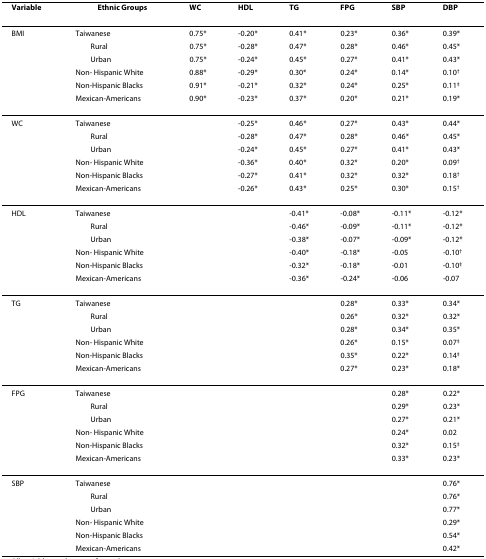
<table><thead><tr><td><b>Variable</b></td><td><b>Ethnic Groups</b></td><td><b>WC</b></td><td><b>HDL</b></td><td><b>TG</b></td><td><b>FPG</b></td><td><b>SBP</b></td><td><b>DBP</b></td></tr></thead><tbody><tr><td>BMI</td><td>Taiwanese</td><td>0.75*</td><td>-0.20*</td><td>0.41*</td><td>0.23*</td><td>0.36*</td><td>0.39*</td></tr><tr><td></td><td> Rural</td><td>0.75*</td><td>-0.28*</td><td>0.47*</td><td>0.28*</td><td>0.46*</td><td>0.45*</td></tr><tr><td></td><td> Urban</td><td>0.75*</td><td>-0.24*</td><td>0.45*</td><td>0.27*</td><td>0.41*</td><td>0.43*</td></tr><tr><td></td><td>Non- Hispanic White</td><td>0.88*</td><td>-0.29*</td><td>0.30*</td><td>0.24*</td><td>0.14*</td><td>0.10<sup>†</sup></td></tr><tr><td></td><td>Non-Hispanic Blacks</td><td>0.91*</td><td>-0.21*</td><td>0.32*</td><td>0.24*</td><td>0.25*</td><td>0.11<sup>‡</sup></td></tr><tr><td></td><td>Mexican-Americans</td><td>0.90*</td><td>-0.23*</td><td>0.37*</td><td>0.20*</td><td>0.21*</td><td>0.19*</td></tr><tr><td>WC</td><td>Taiwanese</td><td></td><td>-0.25*</td><td>0.46*</td><td>0.27*</td><td>0.43*</td><td>0.44*</td></tr><tr><td></td><td> Rural</td><td></td><td>-0.28*</td><td>0.47*</td><td>0.28*</td><td>0.46*</td><td>0.45*</td></tr><tr><td></td><td> Urban</td><td></td><td>-0.24*</td><td>0.45*</td><td>0.27*</td><td>0.41*</td><td>0.43*</td></tr><tr><td></td><td>Non- Hispanic White</td><td></td><td>-0.36*</td><td>0.40*</td><td>0.32*</td><td>0.20*</td><td>0.09<sup>†</sup></td></tr><tr><td></td><td>Non-Hispanic Blacks</td><td></td><td>-0.27*</td><td>0.41*</td><td>0.32*</td><td>0.32*</td><td>0.18<sup>†</sup></td></tr><tr><td></td><td>Mexican-Americans</td><td></td><td>-0.26*</td><td>0.43*</td><td>0.25*</td><td>0.30*</td><td>0.15<sup>†</sup></td></tr><tr><td>HDL</td><td>Taiwanese</td><td></td><td></td><td>-0.41*</td><td>-0.08*</td><td>-0.11*</td><td>-0.12*</td></tr><tr><td></td><td> Rural</td><td></td><td></td><td>-0.46*</td><td>-0.09*</td><td>-0.11*</td><td>-0.12*</td></tr><tr><td></td><td> Urban</td><td></td><td></td><td>-0.38*</td><td>-0.07*</td><td>-0.09*</td><td>-0.12*</td></tr><tr><td></td><td>Non- Hispanic White</td><td></td><td></td><td>-0.40*</td><td>-0.18*</td><td>-0.05</td><td>-0.10<sup>†</sup></td></tr><tr><td></td><td>Non-Hispanic Blacks</td><td></td><td></td><td>-0.32*</td><td>-0.18*</td><td>-0.01</td><td>-0.10<sup>‡</sup></td></tr><tr><td></td><td>Mexican-Americans</td><td></td><td></td><td>-0.36*</td><td>-0.24*</td><td>-0.06</td><td>-0.07</td></tr><tr><td>TG</td><td>Taiwanese</td><td></td><td></td><td></td><td>0.28*</td><td>0.33*</td><td>0.34*</td></tr><tr><td></td><td> Rural</td><td></td><td></td><td></td><td>0.26*</td><td>0.32*</td><td>0.32*</td></tr><tr><td></td><td> Urban</td><td></td><td></td><td></td><td>0.28*</td><td>0.34*</td><td>0.35*</td></tr><tr><td></td><td>Non- Hispanic White</td><td></td><td></td><td></td><td>0.26*</td><td>0.15*</td><td>0.07<sup>‡</sup></td></tr><tr><td></td><td>Non-Hispanic Blacks</td><td></td><td></td><td></td><td>0.35*</td><td>0.22*</td><td>0.14<sup>‡</sup></td></tr><tr><td></td><td>Mexican-Americans</td><td></td><td></td><td></td><td>0.27*</td><td>0.23*</td><td>0.18*</td></tr><tr><td>FPG</td><td>Taiwanese</td><td></td><td></td><td></td><td></td><td>0.28*</td><td>0.22*</td></tr><tr><td></td><td> Rural</td><td></td><td></td><td></td><td></td><td>0.29*</td><td>0.23*</td></tr><tr><td></td><td> Urban</td><td></td><td></td><td></td><td></td><td>0.27*</td><td>0.21*</td></tr><tr><td></td><td>Non- Hispanic White</td><td></td><td></td><td></td><td></td><td>0.24*</td><td>0.02</td></tr><tr><td></td><td>Non-Hispanic Blacks</td><td></td><td></td><td></td><td></td><td>0.32*</td><td>0.15<sup>‡</sup></td></tr><tr><td></td><td>Mexican-Americans</td><td></td><td></td><td></td><td></td><td>0.33*</td><td>0.23*</td></tr><tr><td>SBP</td><td>Taiwanese</td><td></td><td></td><td></td><td></td><td></td><td>0.76*</td></tr><tr><td></td><td> Rural</td><td></td><td></td><td></td><td></td><td></td><td>0.76*</td></tr><tr><td></td><td> Urban</td><td></td><td></td><td></td><td></td><td></td><td>0.77*</td></tr><tr><td></td><td>Non- Hispanic White</td><td></td><td></td><td></td><td></td><td></td><td>0.29*</td></tr><tr><td></td><td>Non-Hispanic Blacks</td><td></td><td></td><td></td><td></td><td></td><td>0.54*</td></tr><tr><td></td><td>Mexican-Americans</td><td></td><td></td><td></td><td></td><td></td><td>0.42*</td></tr></tbody></table>